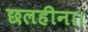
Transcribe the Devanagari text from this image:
छलहीना।